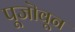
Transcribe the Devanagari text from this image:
पूजॊवून